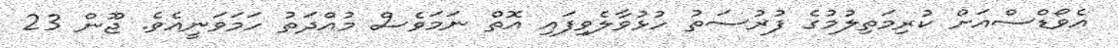
އެވޯޑްސްއަށް ކުރިމަތިލުމުގެ ފުރުސަތު ހުޅުވާލެވިފައި އޮތް ނަމަވެސް މުއްދަތު ހަމަވަނީއެވެ. ޖޫން 23